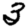
Digit: 3